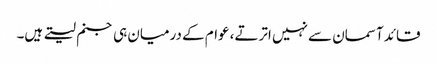
قائد آسمان سے نہیں اترتے، عوام کے درمیان ہی جنم لیتے ہیں۔